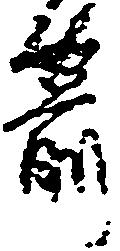
箭